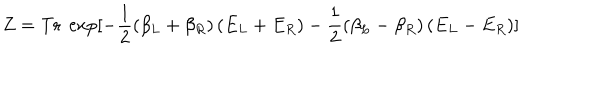
LaTeX: Z = \mathrm { T r } \ \exp [ - \frac 1 2 ( \beta _ { L } + \beta _ { R } ) \left( E _ { L } + E _ { R } \right) - \frac 1 2 ( \beta _ { L } - \beta _ { R } ) \left( E _ { L } - E _ { R } \right) ]